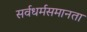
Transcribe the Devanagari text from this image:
सर्वधर्मसमानता